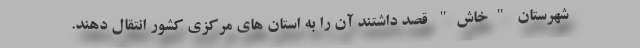
شهرستان "خاش" قصد داشتند آن را به استان های مرکزی کشور انتقال دهند.